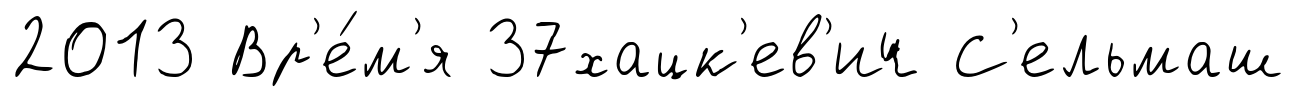
2013 Вр'е́м'я 37хацк'ев'ич С'ельмаш